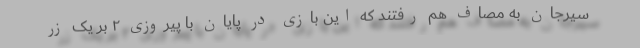
سیرجان به مصاف هم رفتند که این بازی در پایان با پیروزی ۲ بر یک زر